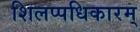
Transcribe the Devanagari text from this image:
शिलप्पधिकारम्‌